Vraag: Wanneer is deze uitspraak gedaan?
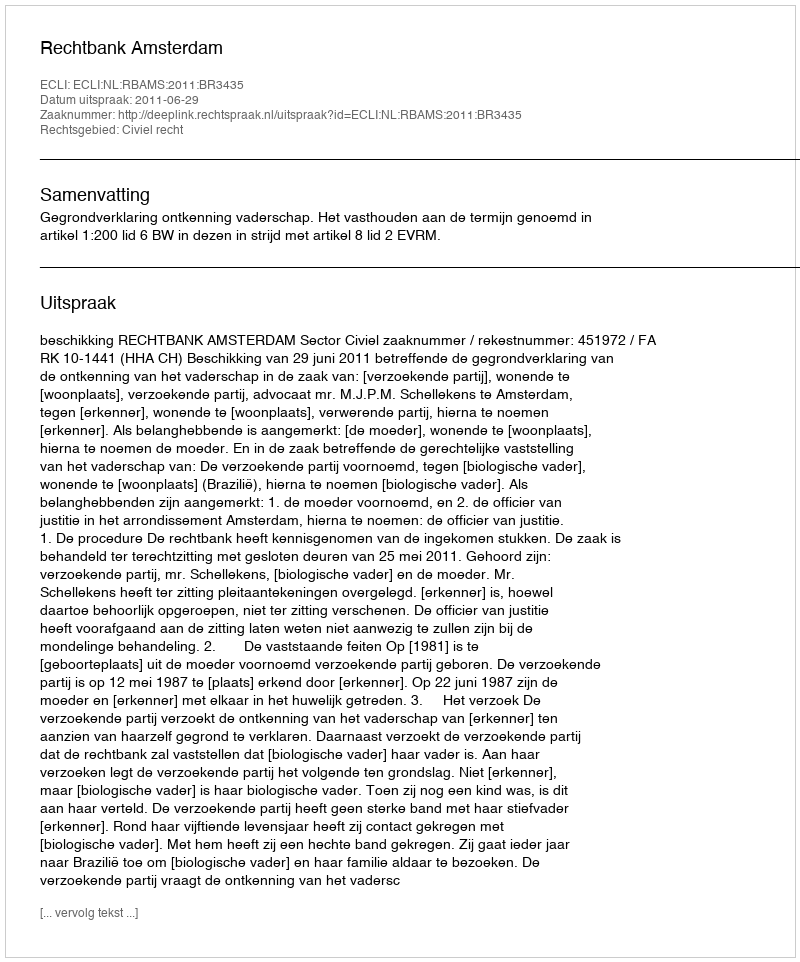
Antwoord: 2011-06-29